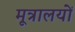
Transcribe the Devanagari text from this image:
मूत्रालयों